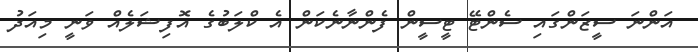
އަންނަ ސީޒަންގައި ސެންޓޭ ޓީސީން ފެންނާނެކަން އެ ކްލަބުގެ އޮފިޝަލެއް ވަނީ މިއަދު